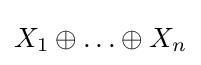
X_{1}\oplus \ldots \oplus X_{n}